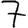
Digit: 7